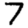
Digit: 7